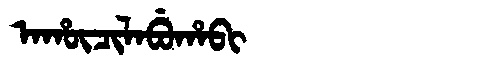
Manchu: ᠠᡥᡡᠴᡳᠯᠠᠪᡠᡥᠠᠪᡳ
Romanization: AHŪCILABUHABI